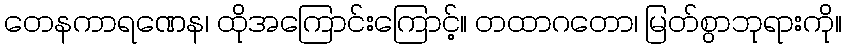
တေနကာရဏေန၊ ထိုအကြောင်းကြောင့်။ တထာဂတော၊ မြတ်စွာဘုရားကို။